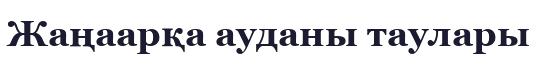
Жаңаарқа ауданы таулары